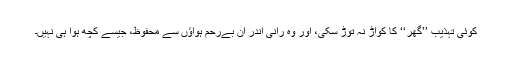
کوئی تہذیب ’’گھر‘‘ کا کواڑ نہ توڑ سکی، اور وہ رانی اندر ان بےرحم ہواؤں سے محفوظ، جیسے کچھ ہوا ہی نہیں۔